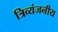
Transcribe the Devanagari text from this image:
त्रिव्यंजनीय